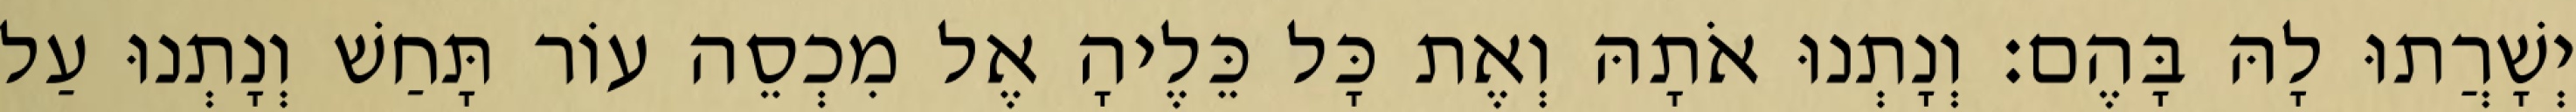
יְשָׁרֲתוּ לָהּ בָּהֶם׃ וְנָתְנוּ אֹתָהּ וְאֶת כָּל כֵּלֶיהָ אֶל מִכְסֵה עוֹר תָּחַשׁ וְנָתְנוּ עַל